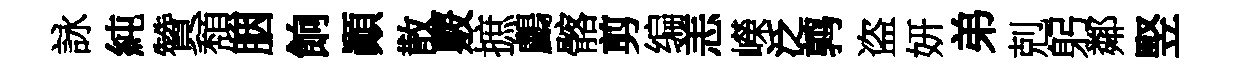
詠純贊頽胭餉顚散覈摭鸕髂剪编恙嶸泛鹑盗妍弟剋躬鄰竪